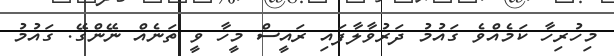
މިހުރިހާ ކަމެއްވެ ގައުމު ދަރުވާލާފައި ރައީސް މީހާ ވީ ތަނެއް ނޭންގޭ. ގައުމު